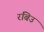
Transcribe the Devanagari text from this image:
रबिउ